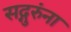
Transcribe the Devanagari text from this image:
सद्गुरुंना